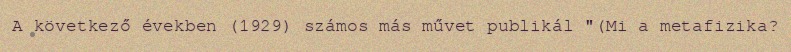
A következő években (1929) számos más művet publikál "(Mi a metafizika?